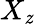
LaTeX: X_{\mathit{z}}